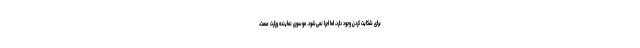
برای شکایت کردن وجود دارد، اما اجرا نمی‌شود. موسوی نماینده وزارت صمت،